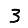
Digit: 3